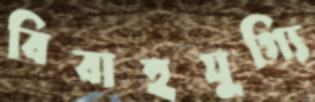
বিবাহযুগ্যি